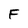
Character: F